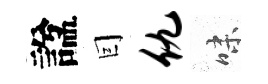
諡囙仇味